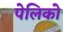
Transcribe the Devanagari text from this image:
पेलिको